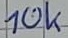
Text: 10k